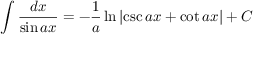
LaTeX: \int { \frac { d x } { \sin a x } } = - { \frac { 1 } { a } } \ln { \left| \csc { a x } + \cot { a x } \right| } + C